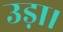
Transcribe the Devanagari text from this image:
उड़ा।